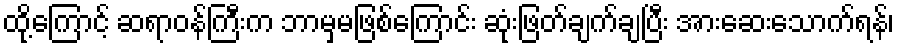
ထို့ကြောင့် ဆရာဝန်ကြီးက ဘာမှမဖြစ်ကြောင်း ဆုံးဖြတ်ချက်ချပြီး အားဆေးသောက်ရန်၊